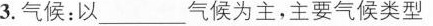
3. 气候：以 ___ 气候为主，主要气候类型